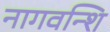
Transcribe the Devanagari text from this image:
नागवन्शि